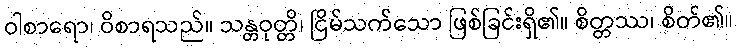
ဝါစာရော၊ ဝိစာရသည်။ သန္တဝုတ္တိ၊ ငြိမ်သက်သော ဖြစ်ခြင်းရှိ၏။ စိတ္တဿ၊ စိတ်၏။